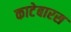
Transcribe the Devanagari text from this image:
काटेबारस